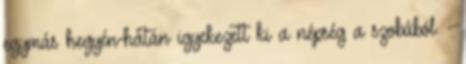
egymás hegyén-hátán igyekezett ki a népség a szobából. -